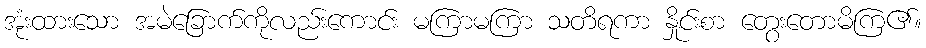
အုံးထားသော အမဲခြောက်ကိုလည်းကောင်း မကြာမကြာ သတိရကာ နှိုင်းစာ တွေးတောမိကြ၏။